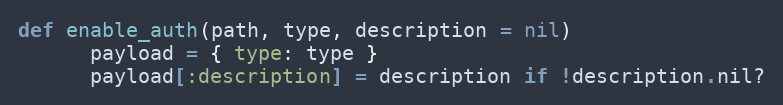
Language: Ruby
def enable_auth(path, type, description = nil)
      payload = { type: type }
      payload[:description] = description if !description.nil?